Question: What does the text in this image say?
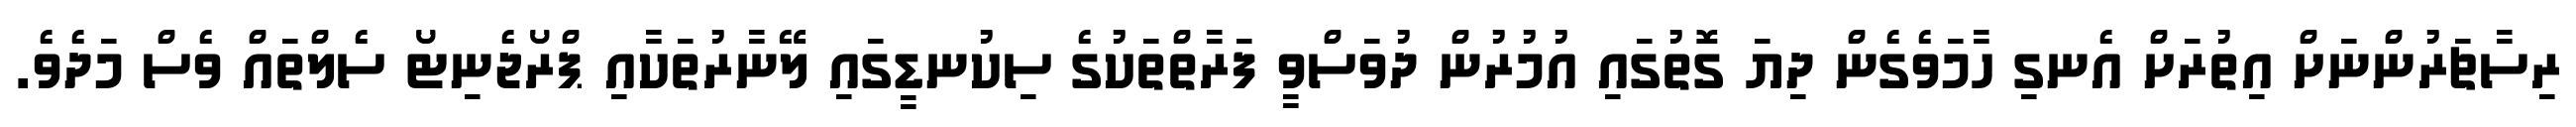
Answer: ރިސާޗަރުންނަށް އިތުރަށް އެނގި ހާމަވެގެން ދިޔަ ގޮތުގައި އުމުރުން ދުވަސްވީ ފަރާތްތަކުގެ ސިކުނޑީގައި ލޭނާރުތަކާއި ޕްރޯޖެނިޓޯ ސެލްތައް ވެސް މަދެވެ.